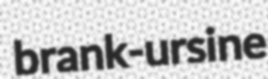
brank-ursine